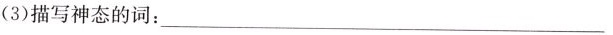
(3)描写神态的词：___